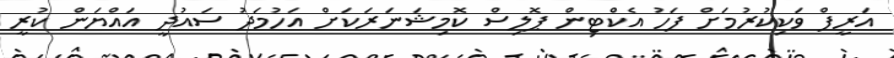
އަރީފް ވަކިކުރުމަށް ފަހު އެކްޓިން ޕޮލިސް ކޮމިޝަނަރަކަށް އަހުމަދު ސައުދީ އައްޔަން ކުރީ